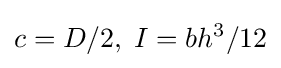
c=D/2,\;I=bh^{3}/12